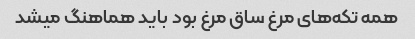
همه تکه‌های مرغ ساق مرغ بود باید هماهنگ میشد